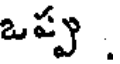
ఒప్పు .